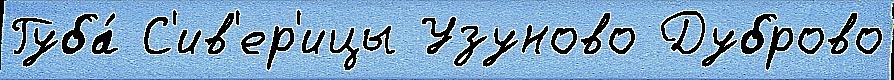
Губа́ С'ив'ер'ицы Узуново Дуброво